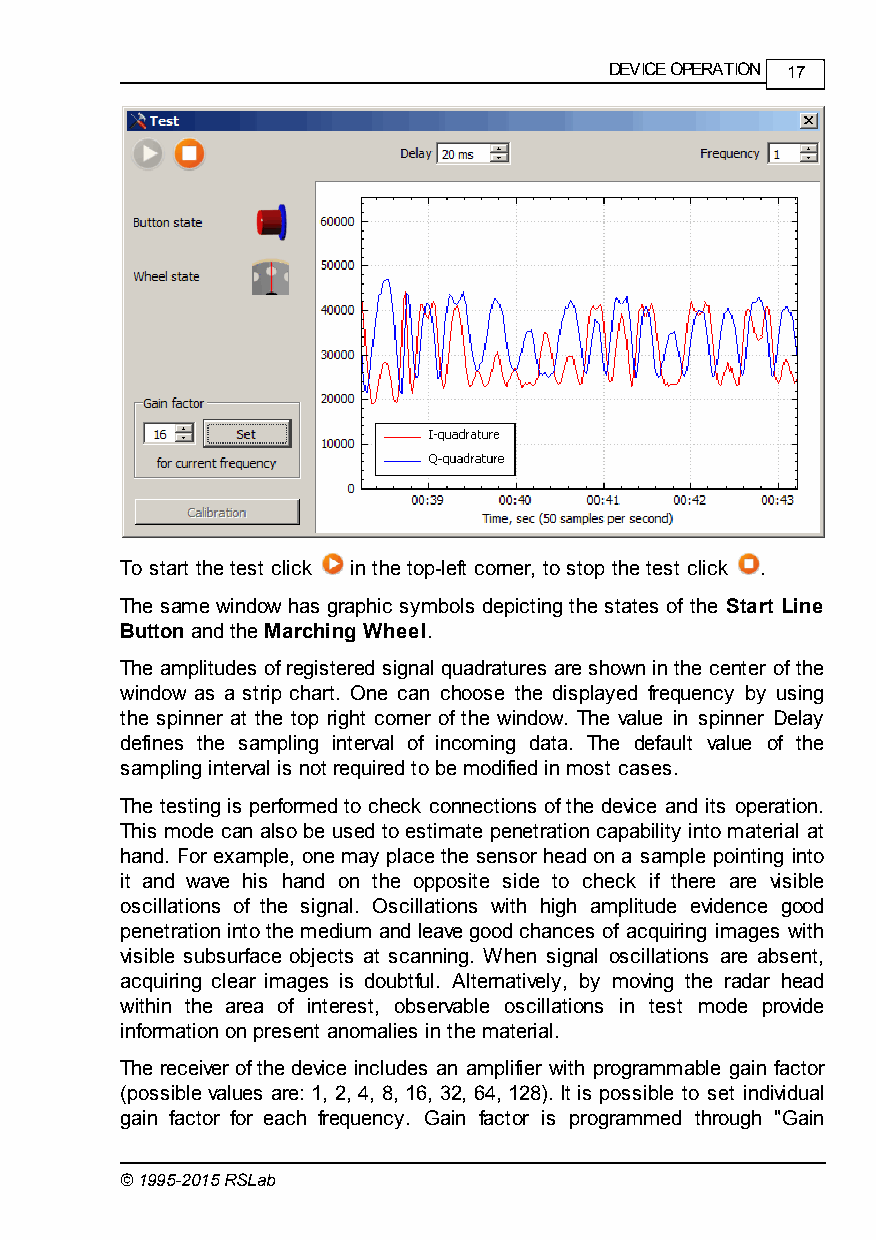
DEVICE OPERATION 17
 To start the test click in the top-left corner, to stop the test click .
 The same window has graphic symbols depicting the states of the Start Line
 Button and the Marching Wheel.
 The amplitudes of registered signal quadratures are shown in the center of the
 window as a strip chart. One can choose the displayed frequency by using
 the spinner at the top right corner of the window. The value in spinner Delay
 defines the sampling interval of incoming data. The default value of the
 sampling interval is not required to be modified in most cases.
 The testing is performed to check connections of the device and its operation.
 This mode can also be used to estimate penetration capability into material at
 hand. For example, one may place the sensor head on a sample pointing into
 it and wave his hand on the opposite side to check if there are visible
 oscillations of the signal. Oscillations with high amplitude evidence good
 penetration into the medium and leave good chances of acquiring images with
 visible subsurface objects at scanning. When signal oscillations are absent,
 acquiring clear images is doubtful. Alternatively, by moving the radar head
 within the area of interest, observable oscillations in test mode provide
 information on present anomalies in the material.
 The receiver of the device includes an amplifier with programmable gain factor
 (possible values are: 1, 2, 4, 8, 16, 32, 64, 128). It is possible to set individual
 gain factor for each frequency. Gain factor is programmed through "Gain
 © 1995-2015 RSLab